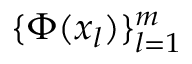
\{ \Phi ( x _ { l } ) \} _ { l = 1 } ^ { m }